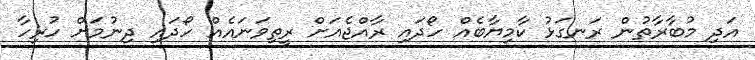
އަދި މުބާރާތުން ރަނގަޅު ކާމިޔާބެއް ހޯދައި ރާއްޖެއަށް ރީތިވަނައެއް ހޯދައި ދިނުމަށް ހުރިހާ